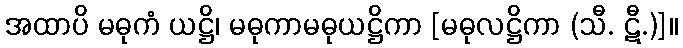
အထာပိ မဓုကံ ယဋ္ဌိ၊ မဓုကာမဓုယဋ္ဌိကာ [မဓုလဋ္ဌိကာ (သီ. ဋီ.)]။